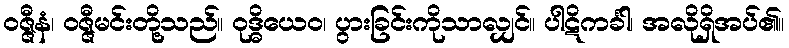
ဝဇ္ဇီနံ၊ ဝဇ္ဇီမင်းတို့သည်။ ဝုဒ္ဓိယေဝ၊ ပွားခြင်းကိုသာလျှင်။ ပါဋိကင်္ခါ၊ အလိုရှိအပ်၏။